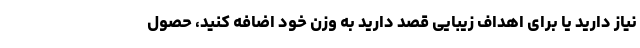
نیاز دارید یا برای اهداف زیبایی قصد دارید به وزن خود اضافه کنید، حصول